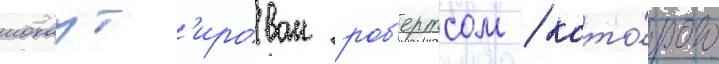
нокаут'ирован роб'ертсом / кото́рого